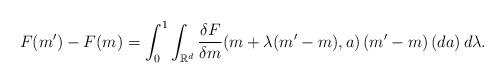
LaTeX: \begin{align*}F(m')-F(m)=\int_{0}^{1}\int_{\mathbb{R}^d}\frac{\delta F}{\delta m}(m + \lambda (m'-m),a)\left(m'- m\right)(da)\,d\lambda.\end{align*}